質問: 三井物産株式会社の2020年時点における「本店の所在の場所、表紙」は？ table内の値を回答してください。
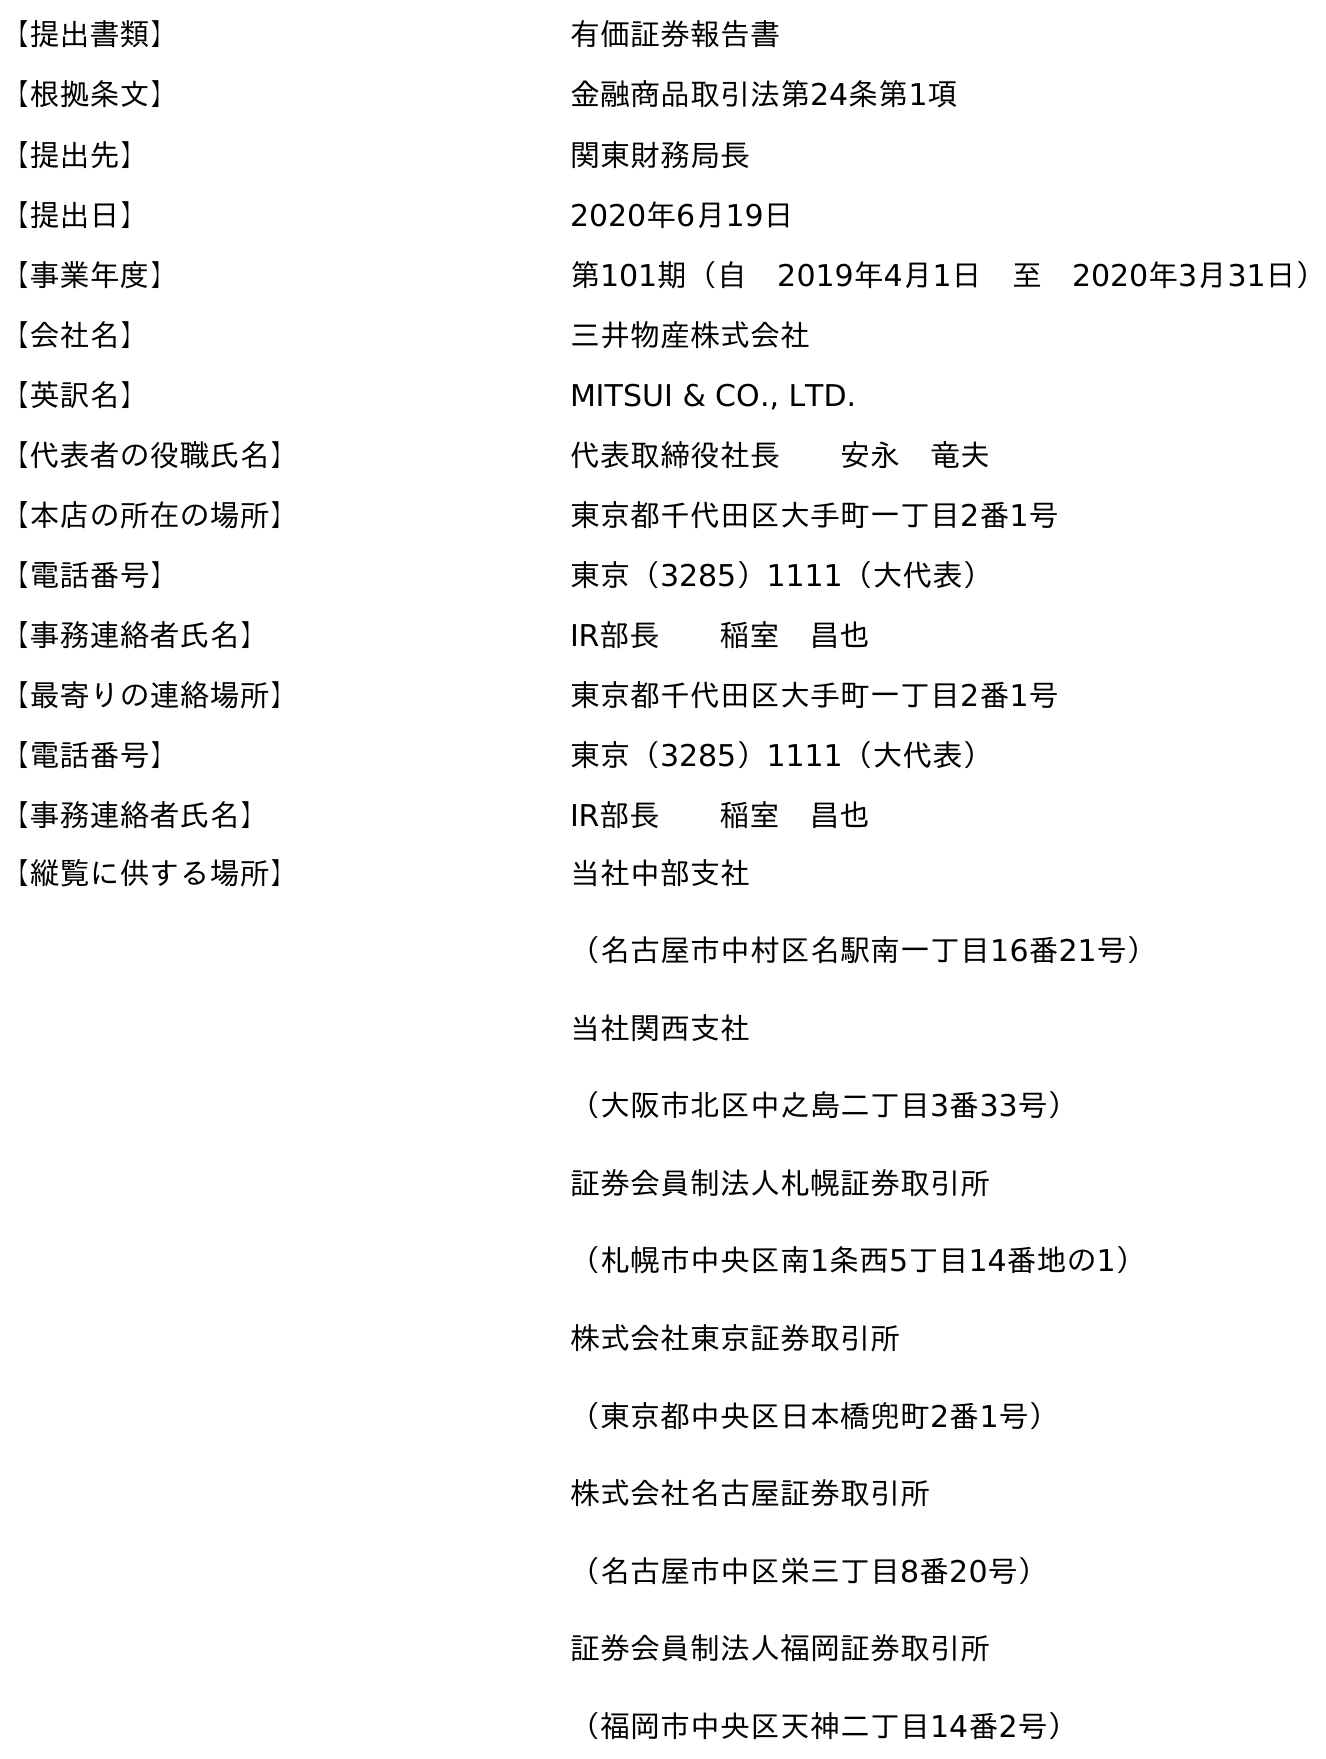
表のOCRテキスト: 【提出書類】 有価証券報告書 【根拠条文】 金融商品取引法第24条第1項 【提出先】 関東財務局長 【提出日】 2020年6月19日 【事業年度】 第101期（自 2019年4月1日 至 2020年3月31日） 【会社名】 三井物産株式会社 【英訳名】 MITSUI & CO., LTD. 【代表者の役職氏名】 代表取締役社長  安永 竜夫 【本店の所在の場所】 東京都千代田区大手町一丁目2番1号 【電話番号】 東京（3285）1111（大代表） 【事務連絡者氏名】 IR部長  稲室 昌也 【最寄りの連絡場所】 東京都千代田区大手町一丁目2番1号 【電話番号】 東京（3285）1111（大代表） 【事務連絡者氏名】 IR部長  稲室 昌也 【縦覧に供する場所】 当社中部支社 （名古屋市中村区名駅南一丁目16番21号） 当社関西支社 （大阪市北区中之島二丁目3番33号） 証券会員制法人札幌証券取引所 （札幌市中央区南1条西5丁目14番地の1） 株式会社東京証券取引所 （東京都中央区日本橋兜町2番1号） 株式会社名古屋証券取引所 （名古屋市中区栄三丁目8番20号） 証券会員制法人福岡証券取引所 （福岡市中央区天神二丁目14番2号）
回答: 東京都千代田区大手町一丁目2番1号